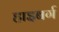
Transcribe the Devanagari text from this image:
हाइबर्ग